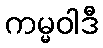
ကမ္မဝါဒီ